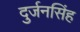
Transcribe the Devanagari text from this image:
दुर्जनसिंह